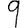
Digit: 9